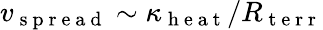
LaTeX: v_{\mathrm{~s~p~r~e~a~d~}}\sim\kappa_{\mathrm{~h~e~a~t~}}/R_{\mathrm{~t~e~r~r~}}